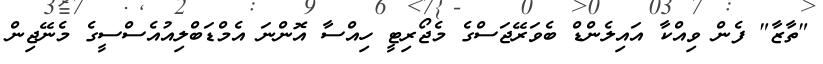
"ތާޒާ" ފެން ވިއްކާ އައިލެންޑް ބެވަރޭޖަަސްގެ މެޖޯރިޓީ ހިއްސާ އޮންނަ އެމްޑަބްލިއުއެސްސީގެ މެނޭޖިން